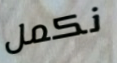
نكمل